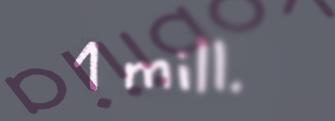
1 mill.